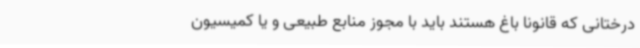
درختانی که قانونا باغ هستند باید با مجوز منابع طبیعی و یا کمیسیون